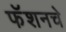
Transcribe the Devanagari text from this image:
फॅशनचे